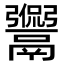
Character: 𩱡